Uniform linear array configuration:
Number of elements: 64
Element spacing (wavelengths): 1
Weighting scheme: kaiser
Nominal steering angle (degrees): -60
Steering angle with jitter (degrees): -58.389
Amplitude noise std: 0.05
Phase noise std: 0.05

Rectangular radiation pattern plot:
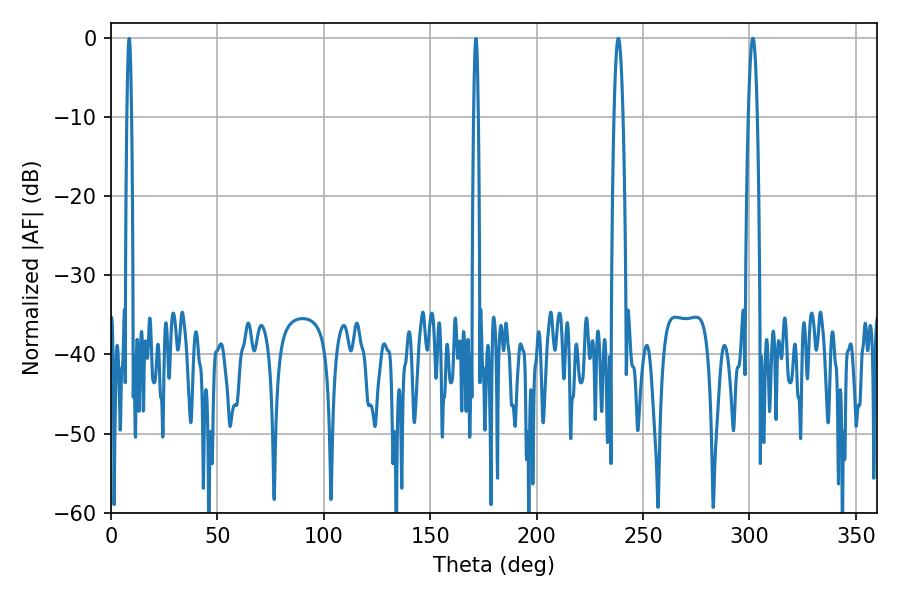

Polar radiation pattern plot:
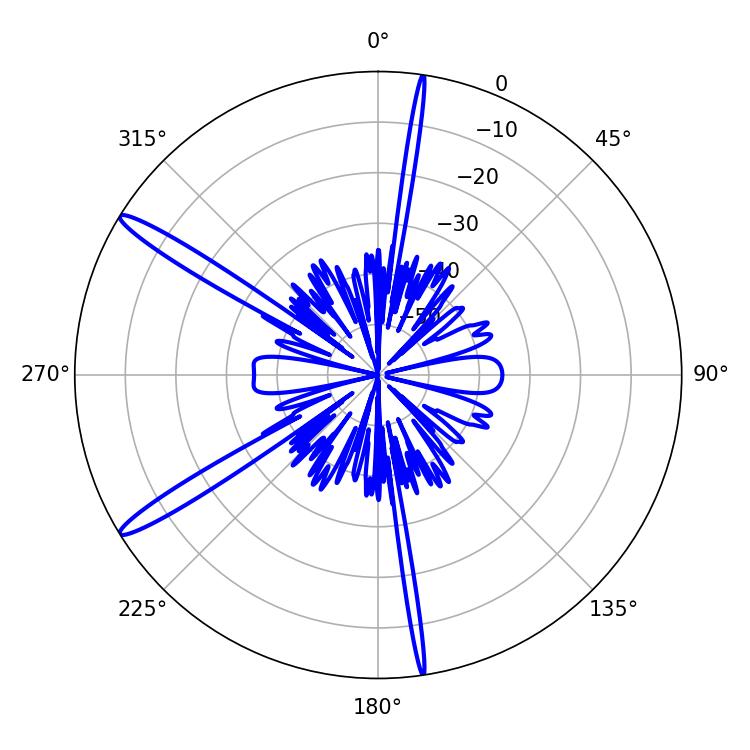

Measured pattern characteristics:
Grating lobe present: TRUE
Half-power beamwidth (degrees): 2.34
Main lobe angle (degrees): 238.32